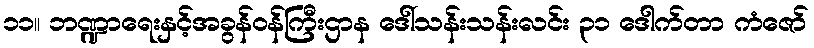
၁၁။ ဘဏ္ဍာရေးနှင့်အခွန်ဝန်ကြီးဌာန ဒေါ်သန်းသန်းလင်း ၃၁ ဒေါက်တာ ကံဇော်